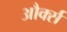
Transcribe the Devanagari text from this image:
और्क्स